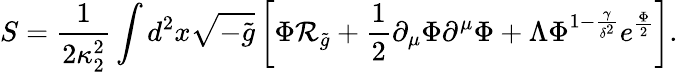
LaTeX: S={\frac{1}{2\kappa_{2}^{2}}}\int d^{2}x\sqrt{-\tilde{g}}\left[\Phi{\cal R}_{\tilde{g}}+{\frac{1}{2}}\partial_{\mu}\Phi\partial^{\mu}\Phi+\Lambda\Phi^{1-{\frac{\gamma}{\delta^{2}}}}e^{\frac{\Phi}{2}}\right].